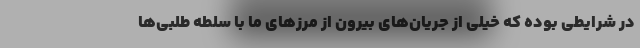
در شرایطی بوده که خیلی از جریان‌های بیرون از مرزهای ما با سلطه طلبی‌ها